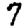
Digit: 7